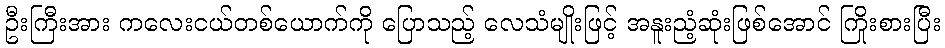
ဦးကြီးအား ကလေးငယ်တစ်ယောက်ကို ပြောသည့် လေသံမျိုးဖြင့် အနူးညံ့ဆုံးဖြစ်အောင် ကြိုးစားပြီး